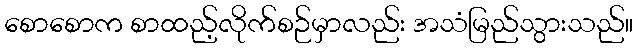
စောစောက စာထည့်လိုက်စဉ်မှာလည်း အသံမြည်သွားသည်။